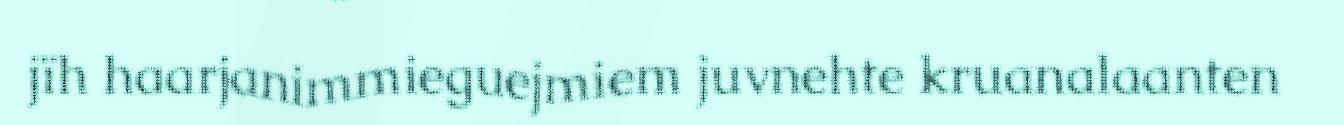
jïh haarjanimmieguejmiem juvnehte kruanalaanten